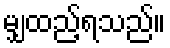
မျှထည့်ရသည်။